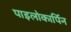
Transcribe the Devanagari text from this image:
पाइलोकार्पिन